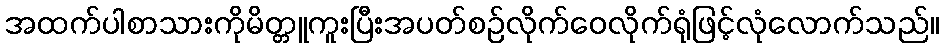
အထက်ပါစာသားကိုမိတ္တူကူးပြီးအပတ်စဉ်လိုက်ဝေလိုက်ရုံဖြင့်လုံလောက်သည်။